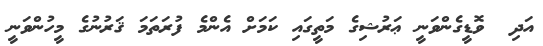
އަދި  ވޮޑީގެންވަނީ ޢަރުޝިގެ މަތީގައި ކަމަށް އެންމެ ފުރަތަމަ ޤަރުނުގެ މީހުންވަނީ